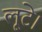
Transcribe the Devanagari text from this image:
लूटे।